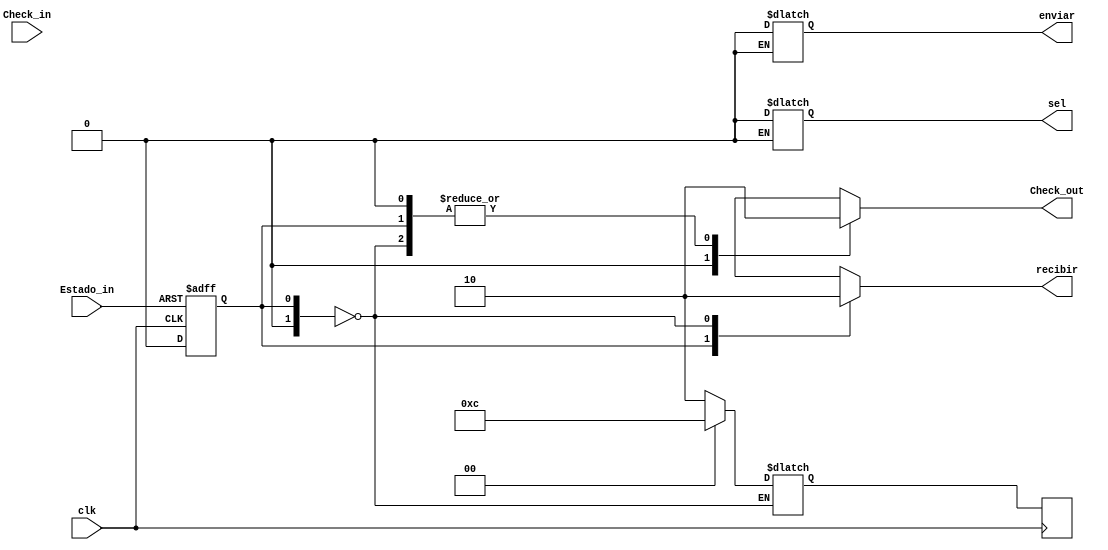
`timescale 1ns / 1ps
//////////////////////////////////////////////////////////////////////////////////
// Company: 
// Engineer: 
// 
// Design Name: 
// Module Name: Chequeo
// Project Name: 
// Target Devices: 
// Tool Versions: 
// Description: 
// 
// Dependencies: 
// 
// Revision:
// Revision 0.01 - File Created
// Additional Comments:
// 
//////////////////////////////////////////////////////////////////////////////////


module Chequeo(
input clk,
input Estado_in,
input Check_in,
output reg Check_out,
output reg sel,
output reg recibir,
output reg enviar
    );
reg [1:0] state, nextState;
initial state=0;
//chequea si hay dato desde un I/O
always @ (posedge clk or posedge Estado_in)
begin
if (Estado_in==1)
state=1;
else
state=0;
end
//Chequea si el procesador le da permiso de uso del bus de sistema


// Asignacin de las salidas
always @(state,Check_in)
begin
      case(state)
      0:begin
        Check_out=1'b0;
        sel=1'b0;
        recibir=1'b0;
        enviar=1'b0;
        end
      1:
        begin
                
                Check_out=1'b0;
                sel=1'b0;
                recibir=1'b1;
                enviar=1'b0;
                nextState = 2;
         
         end     
    
      2: begin 
               Check_out=1'b1;
               recibir=1'b0;
      if(Check_in==1)begin
                sel=1'b1;
                enviar=1'b1;
                
          end 
                nextState = 3;
          end 
       3: begin  
                Check_out=1'b0;
                sel=1'b0;
                recibir=1'b0;
                enviar=1'b0;
                nextState = 0;        
         end
         default: nextState=0; 
      endcase
end
// Asignacin sncrona: Actualizacin del estado
    always @(posedge clk)
    begin
      state = nextState;
    end 
endmodule